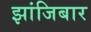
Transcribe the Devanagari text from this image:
झांजिबार